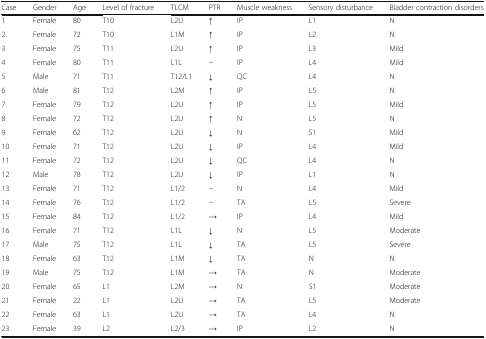
<table><thead><tr><td><b>Case</b></td><td><b>Gender</b></td><td><b>Age</b></td><td><b>Level of fracture</b></td><td><b>TLCM</b></td><td><b>PTR</b></td><td><b>Muscle weakness</b></td><td><b>Sensory disturbance</b></td><td><b>Bladder contraction disorders</b></td></tr></thead><tbody><tr><td>1</td><td>Female</td><td>80</td><td>T10</td><td>L2U</td><td>↑</td><td>IP</td><td>L1</td><td>N</td></tr><tr><td>2</td><td>Female</td><td>72</td><td>T10</td><td>L1M</td><td>↑</td><td>IP</td><td>L2</td><td>N</td></tr><tr><td>3</td><td>Female</td><td>75</td><td>T11</td><td>L2U</td><td>↑</td><td>IP</td><td>L3</td><td>Mild</td></tr><tr><td>4</td><td>Female</td><td>80</td><td>T11</td><td>L1L</td><td>−</td><td>IP</td><td>L4</td><td>Mild</td></tr><tr><td>5</td><td>Male</td><td>71</td><td>T11</td><td>T12/L1</td><td>↓</td><td>QC</td><td>L4</td><td>N</td></tr><tr><td>6</td><td>Male</td><td>81</td><td>T12</td><td>L2M</td><td>↑</td><td>IP</td><td>L5</td><td>N</td></tr><tr><td>7</td><td>Female</td><td>79</td><td>T12</td><td>L2U</td><td>↑</td><td>IP</td><td>L5</td><td>Mild</td></tr><tr><td>8</td><td>Female</td><td>72</td><td>T12</td><td>L2U</td><td>↑</td><td>N</td><td>L5</td><td>N</td></tr><tr><td>9</td><td>Female</td><td>62</td><td>T12</td><td>L2U</td><td>↓</td><td>N</td><td>S1</td><td>Mild</td></tr><tr><td>10</td><td>Female</td><td>71</td><td>T12</td><td>L2U</td><td>↓</td><td>IP</td><td>L4</td><td>Mild</td></tr><tr><td>11</td><td>Female</td><td>72</td><td>T12</td><td>L2U</td><td>↓</td><td>QC</td><td>L4</td><td>N</td></tr><tr><td>12</td><td>Male</td><td>78</td><td>T12</td><td>L2U</td><td>↓</td><td>IP</td><td>L1</td><td>N</td></tr><tr><td>13</td><td>Female</td><td>71</td><td>T12</td><td>L1/2</td><td>−</td><td>N</td><td>L4</td><td>Mild</td></tr><tr><td>14</td><td>Female</td><td>76</td><td>T12</td><td>L1/2</td><td>−</td><td>TA</td><td>L5</td><td>Severe</td></tr><tr><td>15</td><td>Female</td><td>84</td><td>T12</td><td>L1/2</td><td>→</td><td>IP</td><td>L4</td><td>Mild</td></tr><tr><td>16</td><td>Female</td><td>71</td><td>T12</td><td>L1L</td><td>↓</td><td>N</td><td>L5</td><td>Moderate</td></tr><tr><td>17</td><td>Male</td><td>75</td><td>T12</td><td>L1L</td><td>↓</td><td>TA</td><td>L5</td><td>Severe</td></tr><tr><td>18</td><td>Female</td><td>63</td><td>T12</td><td>L1M</td><td>↓</td><td>TA</td><td>N</td><td>N</td></tr><tr><td>19</td><td>Male</td><td>75</td><td>T12</td><td>L1M</td><td>→</td><td>TA</td><td>N</td><td>Moderate</td></tr><tr><td>20</td><td>Female</td><td>65</td><td>L1</td><td>L2M</td><td>→</td><td>N</td><td>S1</td><td>Moderate</td></tr><tr><td>21</td><td>Female</td><td>22</td><td>L1</td><td>L2U</td><td>→</td><td>TA</td><td>L5</td><td>Moderate</td></tr><tr><td>22</td><td>Female</td><td>63</td><td>L1</td><td>L2U</td><td>→</td><td>TA</td><td>L4</td><td>N</td></tr><tr><td>23</td><td>Female</td><td>39</td><td>L2</td><td>L2/3</td><td>→</td><td>IP</td><td>L2</td><td>N</td></tr></tbody></table>